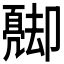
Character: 𠨦